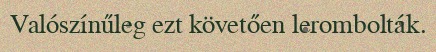
Valószínűleg ezt követően lerombolták.